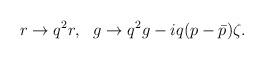
LaTeX: \begin{align*}r \rightarrow q^2 r, \,\,\,\, g \rightarrow q^2 g - iq(p -\bar{p})\zeta.\end{align*}